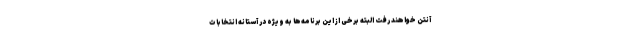
آنتن خواهند رفت البته برخی از این برنامه‌ها به ویژه در آستانه انتخابات